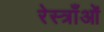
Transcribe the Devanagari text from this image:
रेस्त्राँओं